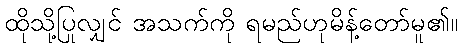
ထိုသို့ပြုလျှင် အသက်ကို ရမည်ဟုမိန့်တော်မူ၏။